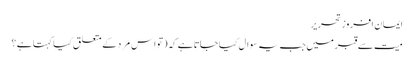
ایمان افروز تحریر
میت سے قبر میں جب یہ سوال کیا جاتا ہے کہ (تو اِس مَرد کے متعلق کیا کہتا ہے ؟